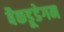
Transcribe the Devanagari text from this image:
बैकडूडेगन